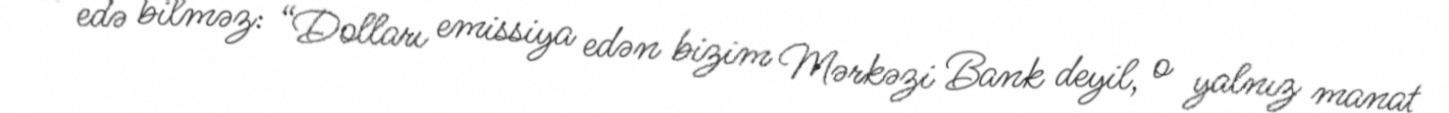
nə edə bilməz: “Dolları emissiya edən bizim Mərkəzi Bank deyil, o yalnız manat